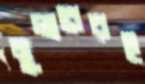
মুলারেরই